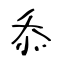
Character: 忝